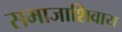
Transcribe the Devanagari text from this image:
समाजाशिवाय